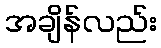
အချိန်လည်း